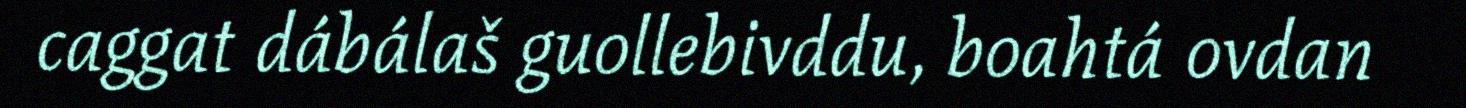
caggat dábálaš guollebivddu, boahtá ovdan